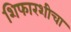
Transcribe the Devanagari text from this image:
शिफारशीचा